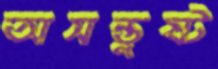
অসন্তুষ্ট